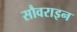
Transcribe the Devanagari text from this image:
सौवराइन